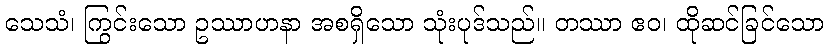
သေသံ၊ ကြွင်းသော ဥဿာဟနာ အစရှိသော သုံးပုဒ်သည်။ တဿာ ဧဝ၊ ထိုဆင်ခြင်သော